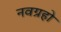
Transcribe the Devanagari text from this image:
नवग्रहो